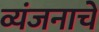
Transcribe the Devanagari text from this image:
व्यंजनाचे